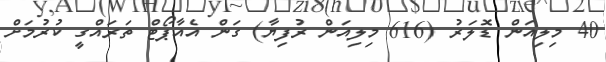
40 މިލިއަން ޑޮލަރު (616 މިލިއަން ރުފިޔާ) ގަން އެއާޕޯޓް ތަރައްގީ ކުރުމަށް